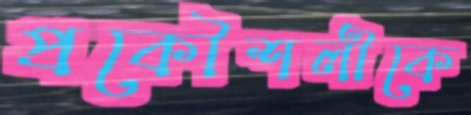
প্রকৌশলীকে